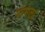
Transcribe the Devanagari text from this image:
रूमला